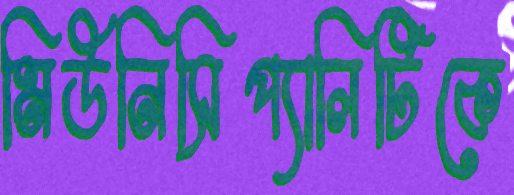
মিউনিসিপ্যালিটিকে